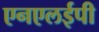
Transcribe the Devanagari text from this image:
एनएलईपी